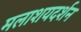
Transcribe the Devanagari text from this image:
मलाशयदर्शन